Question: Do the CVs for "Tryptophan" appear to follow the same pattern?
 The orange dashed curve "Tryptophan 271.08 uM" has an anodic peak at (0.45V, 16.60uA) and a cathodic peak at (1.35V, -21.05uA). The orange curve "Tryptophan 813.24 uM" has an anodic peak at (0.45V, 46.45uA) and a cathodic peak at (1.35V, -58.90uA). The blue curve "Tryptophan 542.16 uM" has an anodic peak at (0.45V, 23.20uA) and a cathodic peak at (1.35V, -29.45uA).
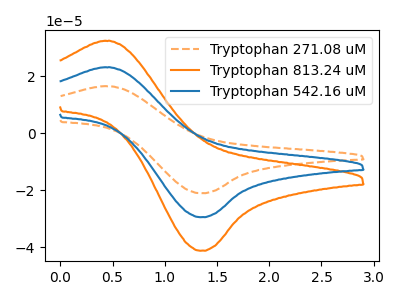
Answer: <think>All the peaks in "Tryptophan 271.08 uM" have a peak in "Tryptophan 813.24 uM" at the same potential. Every peak in "Tryptophan 271.08 uM" is lower than every peak in "Tryptophan 813.24 uM". All the peaks in "Tryptophan 271.08 uM" have a peak in "Tryptophan 542.16 uM" at the same potential. Every peak in "Tryptophan 271.08 uM" is lower than every peak in "Tryptophan 542.16 uM". All the peaks in "Tryptophan 813.24 uM" have a peak in "Tryptophan 542.16 uM" at the same potential. Every peak in "Tryptophan 813.24 uM" is higher than every peak in "Tryptophan 542.16 uM".
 </think>
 <answer>All the CV's of "Tryptophan" have similar shape.</answer>
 <eval>follow_rule</eval>